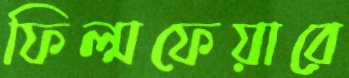
ফিল্মফেয়ারে